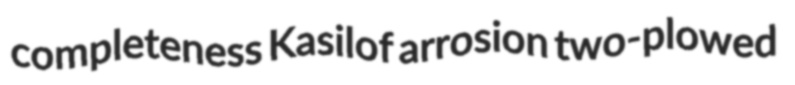
completeness Kasilof arrosion two-plowed